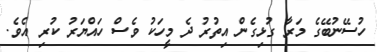
ހުސޭނުބޭގެ މަރާ ގުޅިގެން އިތުރު ދެ މީހަކު ވެސް ހައްޔަރު ކުރި އެވެ.